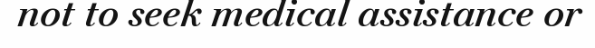
not to seek medical assistance or